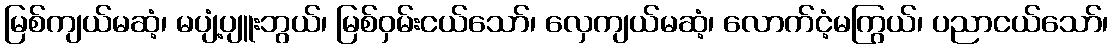
မြစ်ကျယ်မဆံ့၊ မပျံ့ပျူးဘွယ်၊ မြစ်ဝှမ်းငယ်သော်၊ လှေကျယ်မဆံ့၊ လောက်ငံ့မကြွယ်၊ ပညာငယ်သော်၊